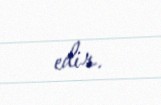
edir.